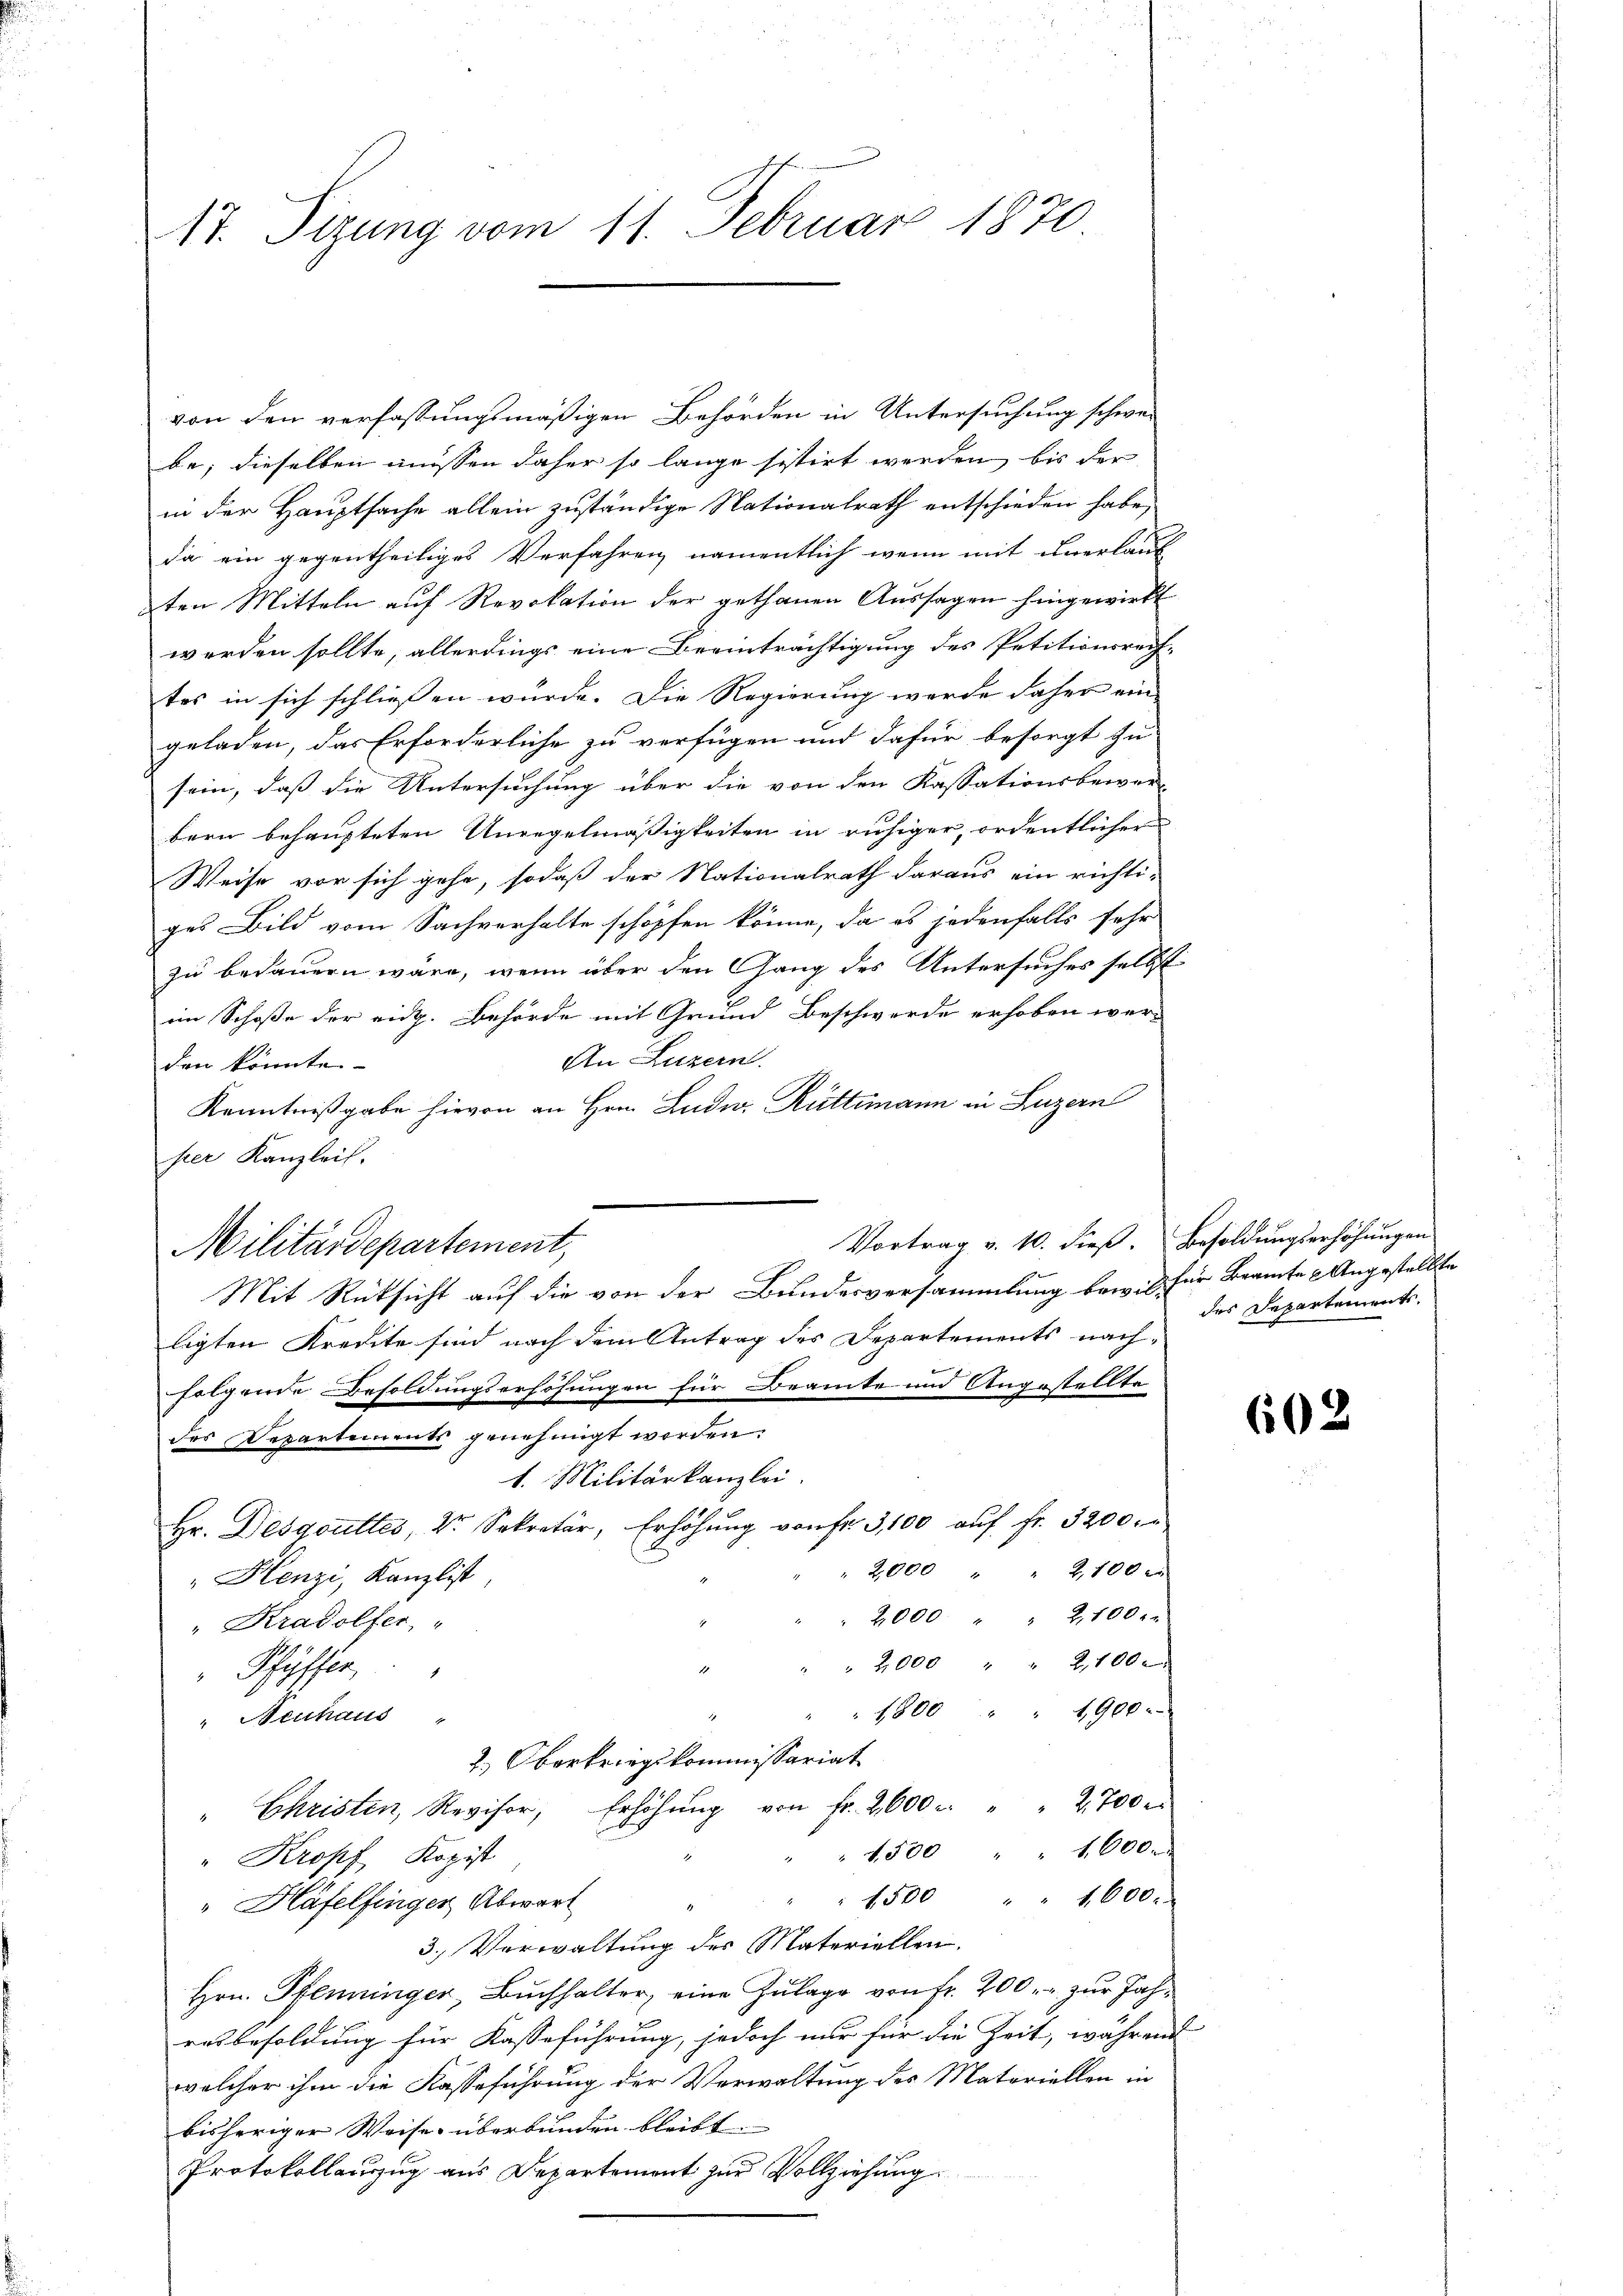
17. Sizung vom 11. Februar 1870

von den verfassungsmäßigen Behörden in Untersuchung schwei
be; dieselben müssen daher so lange sistirt werden, bis der
in der Hauptsache allein zuständige Nationalrath entschieden habe,
da ein gegentheiliges Verfahren namentlich wenn mit unerlauf
ten Mitteln auf Revokation der gethanen Aussagen hingewirft
werden sollte, allerdings eine Beeinträchtigung des Petitionsrech-
tes in sich schließen würde. Die Regierung werde daher ein
geladen, das Erforderliche zu verfügen und dafür besorgt zu-
sein, daß die Untersuchung über die von den Kassationsbewer
bern behaupteten Unregelmäßigkeiten in ruhiger, ordentlicher
Weise vor sich gehe, sodaß der Nationalrath daraus ein richti-
ges Bild vom Sachverhalte schöpfen könne, da es jedenfalls sehr
zu bedauern wäre, wenn über den Gang des Untersuches selbst
im Schoße der eidg. Behörde mit Grund Beschwerde erhoben wer-
An Luzern.
den könnten-
Kenntnißgabe hievon an Hrn. Ludw. Rüttimann in Luzern
ser Kanzlei.
Vortrag v. 10. dieß. Besoldungserhöhungen
Militärdepartement,
Mit Rücksicht auf die von der Bundesversammlung bew. l. für Beamte Angestellte
ligten Kredite sind nach dem Antrag des Departements nachfolgende Besoldungserhöhungen für Beamte und Angestellte
des Departements genehmigt worden.
1. Militärkanzlei.
Hr. Desgouttés, Dr. Sekretär, Erhöhŭng von fr. 3,100 aŭf Fr. 3200.
2,000 " 2,100 r
"Henzi, Kanzlist,
2,000 " " 2100.
"Kradolfer
" 2,000 " " 2100 x
" Pfyffer
" 1800 " " 1900
" Neuhaus
2.) Oberkriegskommissariat
" Christen, Revisor, Erhöhŭng von fr. 2000 . " " 2700 r.
" " 1500 " " 1000.
"Kropf Kopist
1500 " " 1600.
" Häfelfinger Abwart
3.) Verwaltung der Materiellen.
Hrn. Pfenninger, Buchhalter, eine Zulage von Fr. 200. zur Jahresbesoldung für Kasseführung, jedoch nur für die Zeit, während
welcher ihm die Fasseführung der Verwaltung des Materiellen in
bisheriger Weise überbunden bleibt
Protokollauszug aus Departement zur Vollziehung

des Departements.

2

602